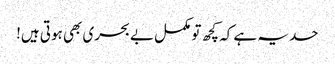
حد یہ ہے کہ کچھ تو مکمل بے بحری بھی ہوتی ہیں!